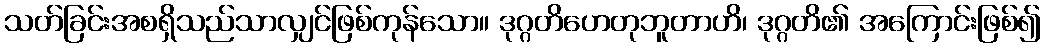
သတ်ခြင်းအစရှိသည်သာလျှင်ဖြစ်ကုန်သော။ ဒုဂ္ဂတိဟေတုဘူတာဟိ၊ ဒုဂ္ဂတိ၏ အကြောင်းဖြစ်၍